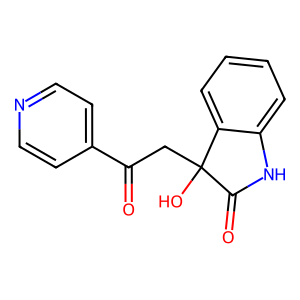
SMILES: O=C(CC1(O)C(=O)Nc2ccccc21)c1ccncc1
Inhibits HIV replication: No